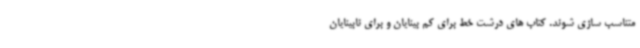
متناسب سازی شوند. کتاب های درشت خط برای کم بینایان و برای نابینایان